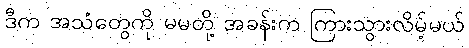
ဒီက အသံတွေကို မမတို့ အခန်းက ကြားသွားလိမ့်မယ်